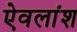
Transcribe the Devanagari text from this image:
ऐवलांश